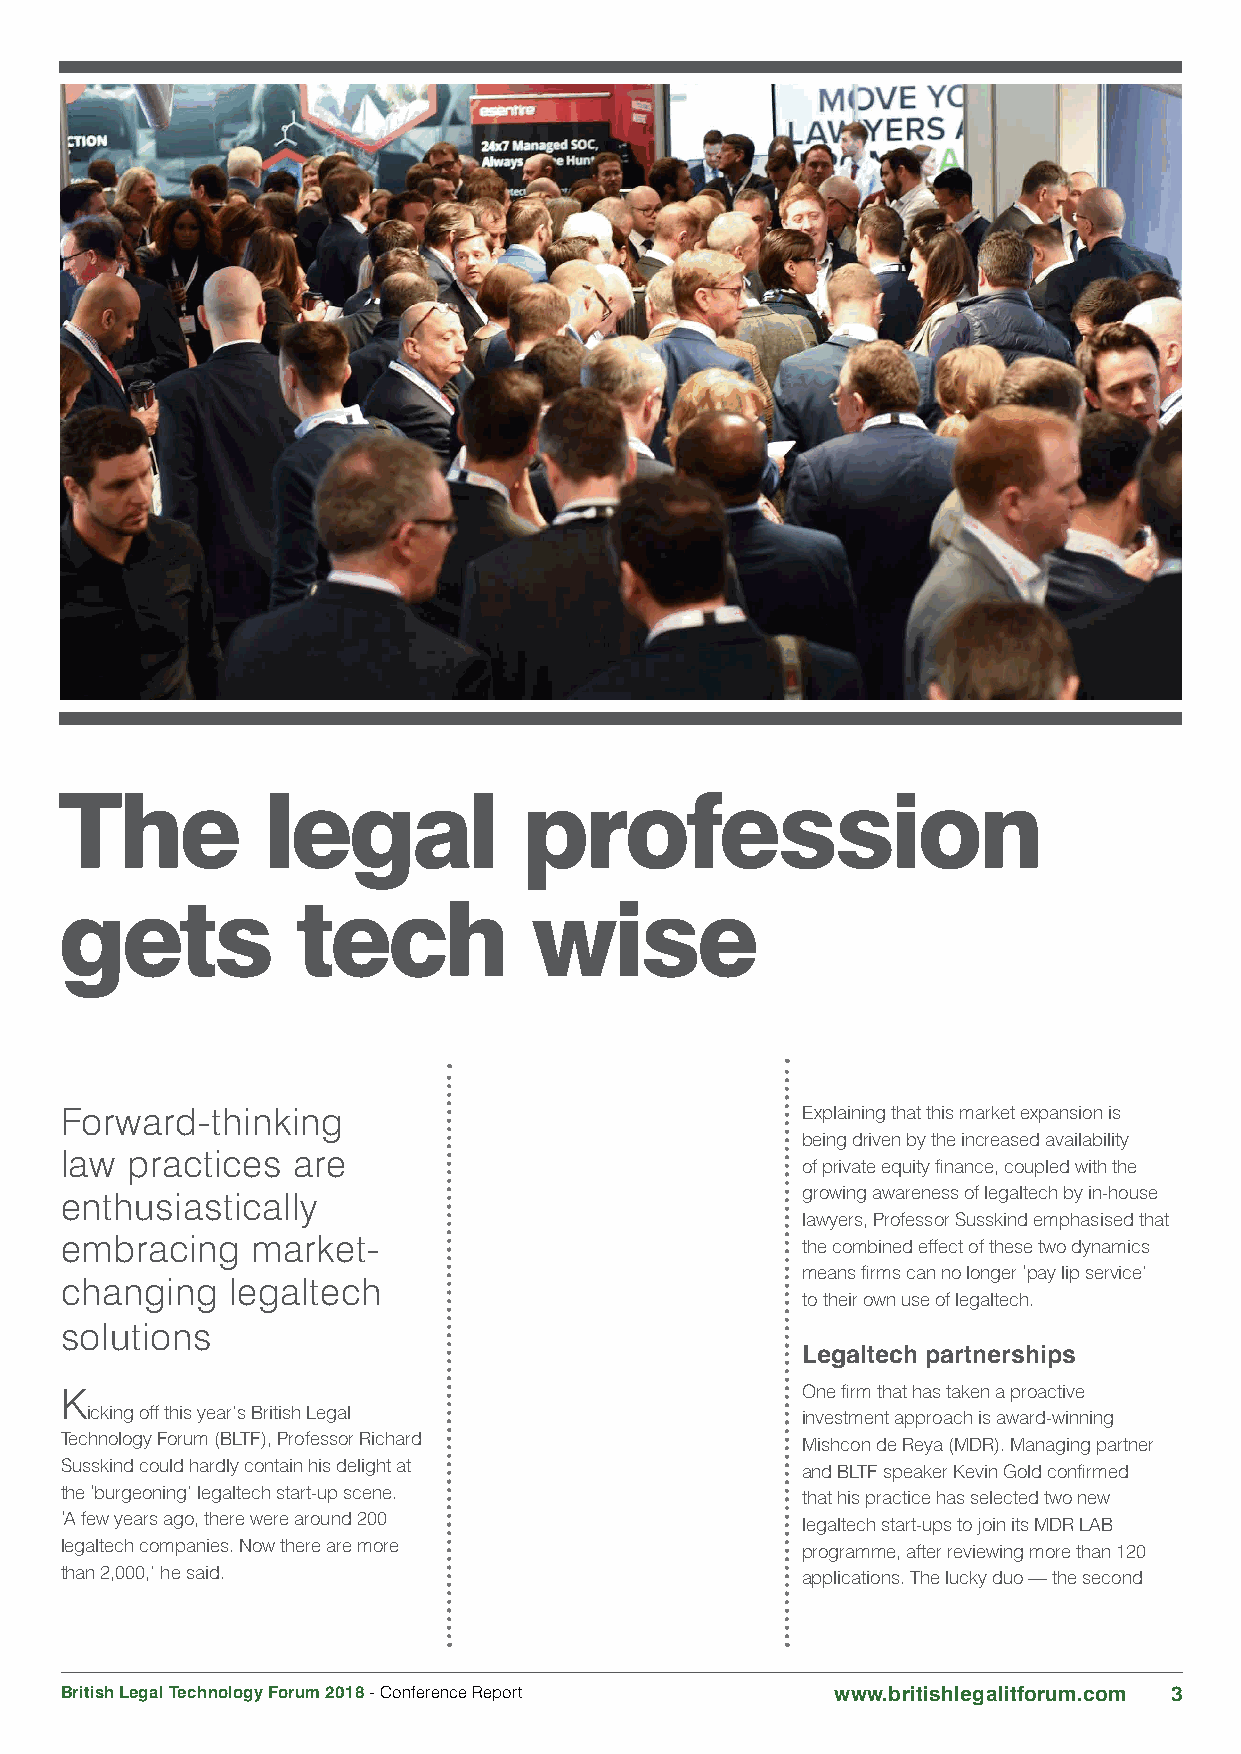
The          legal             profession
 gets            tech           wise
 Forward-thinking                                 Explaining that this market expansion is
 being driven by the increased availability
 law practices  are
 of private equity finance, coupled with the
 enthusiastically                                 growing awareness of legaltech by in-house
 lawyers, Professor Susskind emphasised that
 embracing    market-                             the combined effect of these two dynamics
 means firms can no longer ‘pay lip service’
 changing   legaltech
 to their own use of legaltech.
 solutions
 Legaltech partnerships
 K                                                One firm that has taken a proactive
 icking off this year’s British Legal           investment approach is award-winning
 Technology Forum (BLTF), Professor Richard       Mishcon de Reya (MDR). Managing partner
 Susskind could hardly contain his delight at     and BLTF speaker Kevin Gold confirmed
 the ‘burgeoning’ legaltech start-up scene.       that his practice has selected two new
 ‘A few years ago, there were around 200          legaltech start-ups to join its MDR LAB
 legaltech companies. Now there are more          programme, after reviewing more than 120
 than 2,000,’ he said.                            applications. The lucky duo — the second
 British Legal Technology Forum 2018 - Conference Report www.britishlegalitforum.com 3